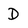
Character: D